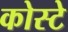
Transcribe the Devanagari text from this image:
कोस्टे